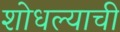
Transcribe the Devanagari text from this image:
शोधल्याची